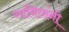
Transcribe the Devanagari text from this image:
गावितांनी